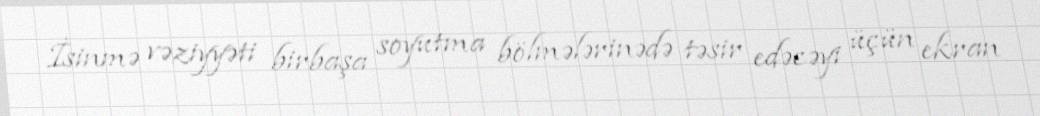
İsinmə vəziyyəti birbaşa soyutma bölmələrinədə təsir edəcəyi üçün ekran